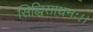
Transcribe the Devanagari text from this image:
सिद्धिसाधनः।।